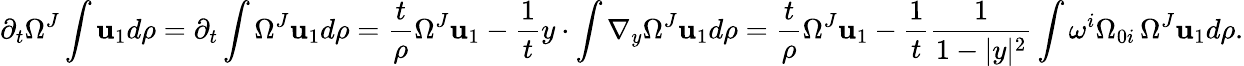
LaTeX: \partial_{t}\Omega^{J}\int\mathbf{u}_{1}d\rho=\partial_{t}\int\Omega^{J}\mathbf{u}_{1}d\rho=\frac{t}{\rho}\Omega^{J}\mathbf{u}_{1}-\frac{1}{t}y\cdot\int\nabla_{y}\Omega^{J}\mathbf{u}_{1}d\rho=\frac{t}{\rho}\Omega^{J}\mathbf{u}_{1}-\frac{1}{t}\frac{{1}}{{1-|y|^{2}}}\int\omega^{i}\Omega_{0i}\, \Omega^{J}\mathbf{u}_{1}d\rho.